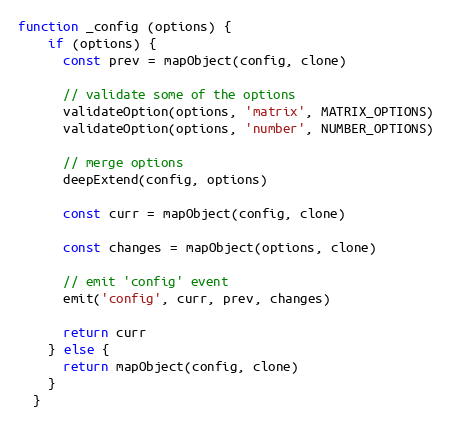
Language: JavaScript
function _config (options) {
    if (options) {
      const prev = mapObject(config, clone)

      // validate some of the options
      validateOption(options, 'matrix', MATRIX_OPTIONS)
      validateOption(options, 'number', NUMBER_OPTIONS)

      // merge options
      deepExtend(config, options)

      const curr = mapObject(config, clone)

      const changes = mapObject(options, clone)

      // emit 'config' event
      emit('config', curr, prev, changes)

      return curr
    } else {
      return mapObject(config, clone)
    }
  }